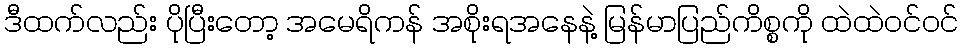
ဒီထက်လည်း ပိုပြီးတော့ အမေရိကန် အစိုးရအနေနဲ့ မြန်မာပြည်ကိစ္စကို ထဲထဲဝင်ဝင်